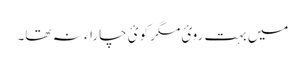
میں بہت روئ مگر کوئ چاراء نہ تھا۔